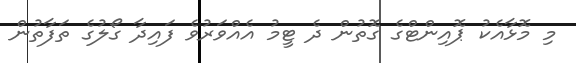
މި މޮޅާއެކު ޕޮއިންޓްގެ ގޮތުން ދެ ޓީމު އެއްވަރުވެ ފައިދާ ގޯލުގެ ތަފާތުން